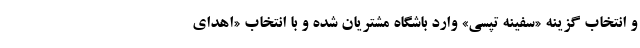
و انتخاب گزینه «سفینه تپسی» وارد باشگاه مشتریان شده و با انتخاب «اهدای